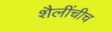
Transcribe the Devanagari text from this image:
शैलींचीच